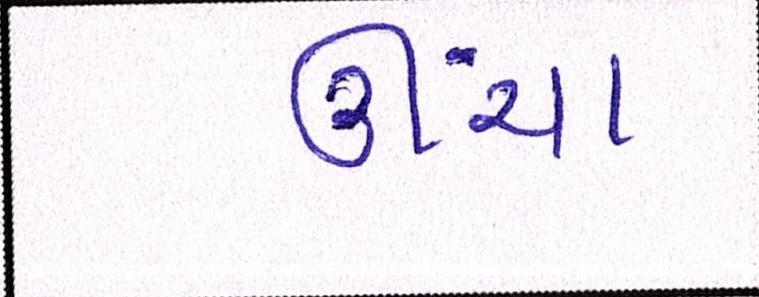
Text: ઊંચા